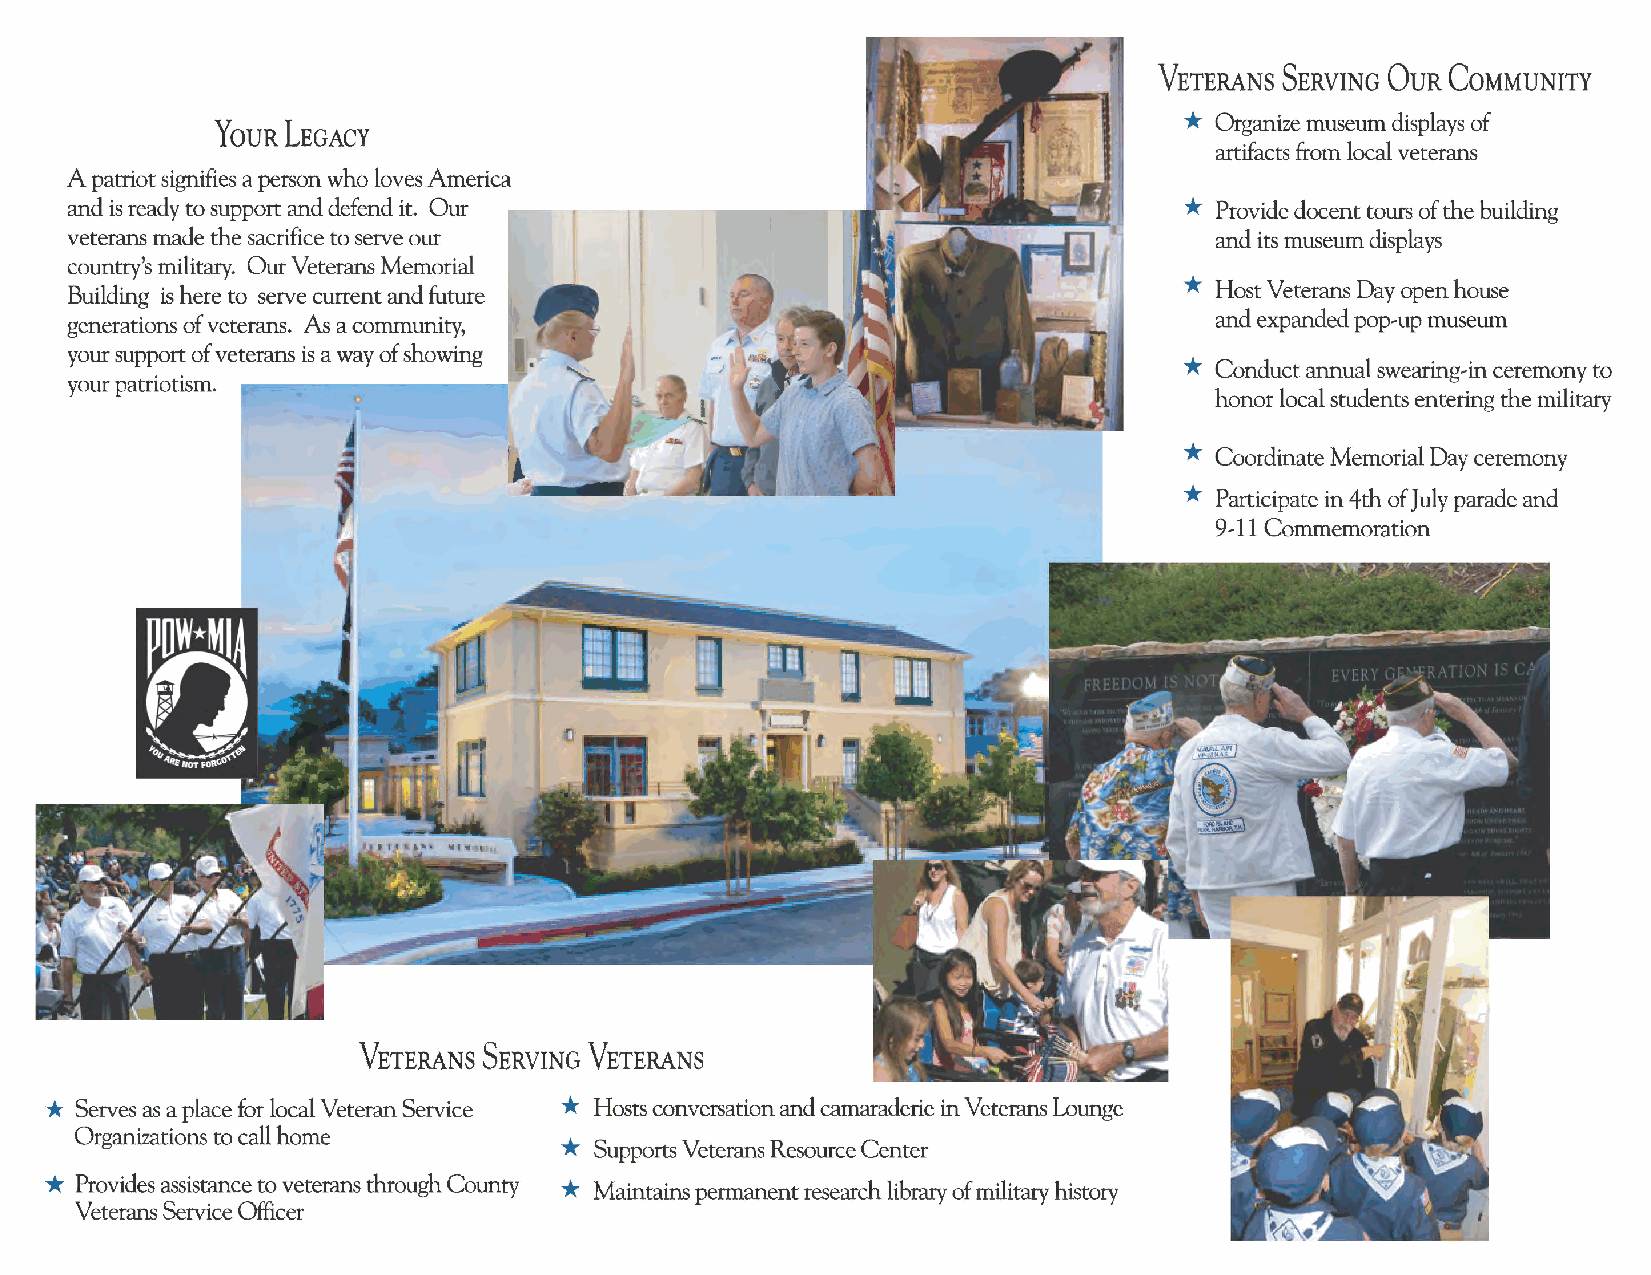
VETERANS SERVING OuR CoMMUNITY
 *
 Organize museum displays of
 YouRLEGACY
 artifacts from local veterans
 A patriot signifies a person who loves America
 *
 and is ready to support and defend it. Our                                  Provide docent tours of the building
 veterans made the sacrifice to serve our                                    and its museum displays
 country's military. Our Veterans Memorial                                *
 Building is here to serve current and future                               Host Veterans Day open house
 generations of veterans. As a community,                                    and expanded pop-up museum
 *
 your support of veterans is a way of showing
 Conduct annual swearing-in ceremony to
 your patriotism.
 honor local students entering the military
 *
 Coordinate Memorial Day ceremony
 *
 Participate in 4th ofJuly parade and
 9-11 Commemoration
 VETERANS SERVING VETERANS
 *                                 *
 Serves as a place for local Veteran Service Hosts conversation and camaraderie in Veterans Lounge
 *
 Organizations to call home
 Supports Veterans Resource Center
 *
 *
 Provides assistance to veterans through County Maintains permanent research library of military history
 Veterans Service Officer